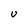
Character: U